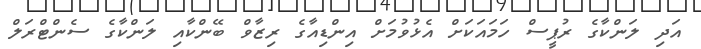
އަދި ލަންކާގެ ރުޕީސް ހަމައަކަށް އެޅުވުމަށް އިންޑިއާގެ ރިޒާވް ބޭންކާއި ލަންކާގެ ސެންޓްރަލް